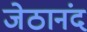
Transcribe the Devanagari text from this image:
जेठानंद